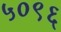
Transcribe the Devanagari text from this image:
५०९६